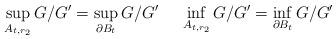
LaTeX: \begin{align*} \sup_{A_{t, r_2}} G/G' = \sup_{\partial B_t}G/G'\ \ \ \ \inf_{A_{t, r_2}} G/G' = \inf_{\partial B_t}G/G' \end{align*}